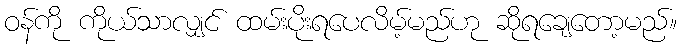
ဝန်ကို ကိုယ်သာလျှင် ထမ်းပိုးရပေလိမ့်မည်ဟု ဆိုရချေတော့မည်။